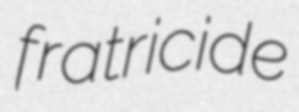
fratricide